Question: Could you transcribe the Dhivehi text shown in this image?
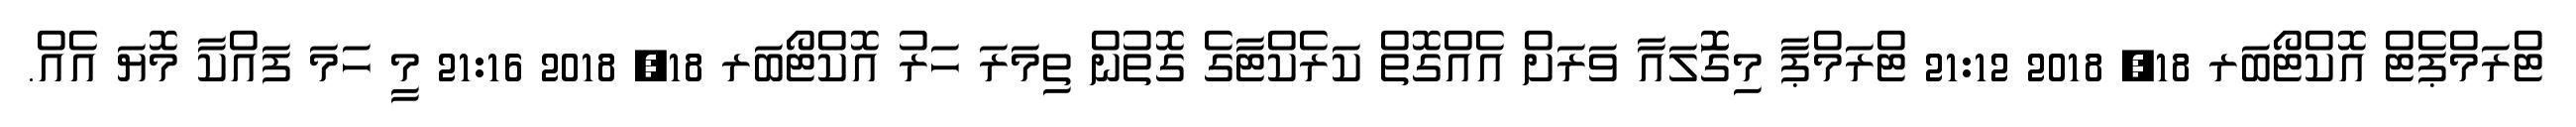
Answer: ޓްރަމްޕެޓް އޮކްޓޯބަރ 18, 2018 21:12 ޓްރަމްޕާ މިގޮަލައާ ވަރަށް އެއްގޮތް ކަރެކްޓާގެ ގޮތުން ތިމަރަ ހަރު އޮކްޓޯބަރ 18, 2018 21:16 މީ ހަމަ ފައްކާ މޮޔަ އެއް.